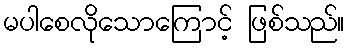
မပါစေလိုသောကြောင့် ဖြစ်သည်။